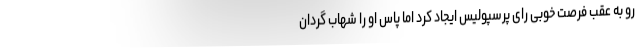
رو به عقب فرصت خوبی رای پرسپولیس ایجاد کرد اما پاس او را شهاب گردان